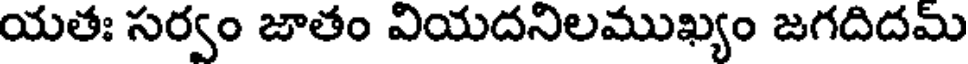
యతః సర్వం జాతం వియదనిలముఖ్యం జగదిదమ్